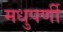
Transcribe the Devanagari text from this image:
मधुपर्णी